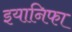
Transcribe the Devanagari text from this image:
इयानिफा